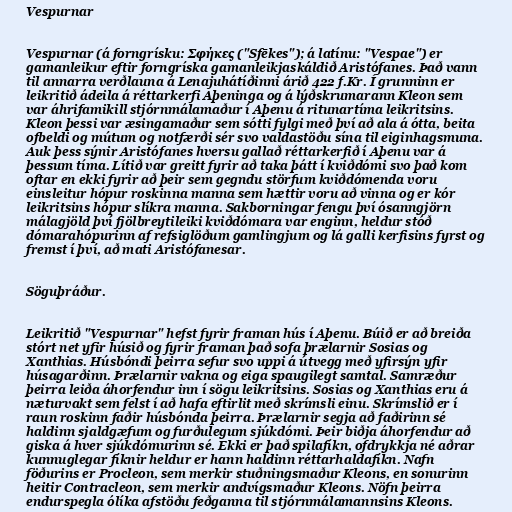
Vespurnar

Vespurnar (á forngrísku: Σφήκες ("Sfēkes"); á latínu: "Vespae") er
gamanleikur eftir forngríska gamanleikjaskáldið Aristófanes. Það vann
til annarra verðlauna á Lenajuhátíðinni árið 422 f.Kr. Í grunninn er
leikritið ádeila á réttarkerfi Aþeninga og á lýðskrumarann Kleon sem
var áhrifamikill stjórnmálamaður í Aþenu á ritunartíma leikritsins.
Kleon þessi var æsingamaður sem sótti fylgi með því að ala á ótta, beita
ofbeldi og mútum og notfærði sér svo valdastöðu sína til eiginhagsmuna.
Auk þess sýnir Aristófanes hversu gallað réttarkerfið í Aþenu var á
þessum tíma. Lítið var greitt fyrir að taka þátt í kviðdómi svo það kom
oftar en ekki fyrir að þeir sem gegndu störfum kviðdómenda voru
einsleitur hópur roskinna manna sem hættir voru að vinna og er kór
leikritsins hópur slíkra manna. Sakborningar fengu því ósanngjörn
málagjöld því fjölbreytileiki kviðdómara var enginn, heldur stóð
dómarahópurinn af refsiglöðum gamlingjum og lá galli kerfisins fyrst og
fremst í því, að mati Aristófanesar.

Söguþráður.

Leikritið "Vespurnar" hefst fyrir framan hús í Aþenu. Búið er að breiða
stórt net yfir húsið og fyrir framan það sofa þrælarnir Sosias og
Xanthias. Húsbóndi þeirra sefur svo uppi á útvegg með yfirsýn yfir
húsagarðinn. Þrælarnir vakna og eiga spaugilegt samtal. Samræður
þeirra leiða áhorfendur inn í sögu leikritsins. Sosias og Xanthias eru á
næturvakt sem felst í að hafa eftirlit með skrímsli einu. Skrímslið er í
raun roskinn faðir húsbónda þeirra. Þrælarnir segja að faðirinn sé
haldinn sjaldgæfum og furðulegum sjúkdómi. Þeir biðja áhorfendur að
giska á hver sjúkdómurinn sé. Ekki er það spilafíkn, ofdrykkja né aðrar
kunnuglegar fíknir heldur er hann haldinn réttarhaldafíkn. Nafn
föðurins er Procleon, sem merkir stuðningsmaður Kleons, en sonurinn
heitir Contracleon, sem merkir andvígsmaður Kleons. Nöfn þeirra
endurspegla ólíka afstöðu feðganna til stjórnmálamannsins Kleons.